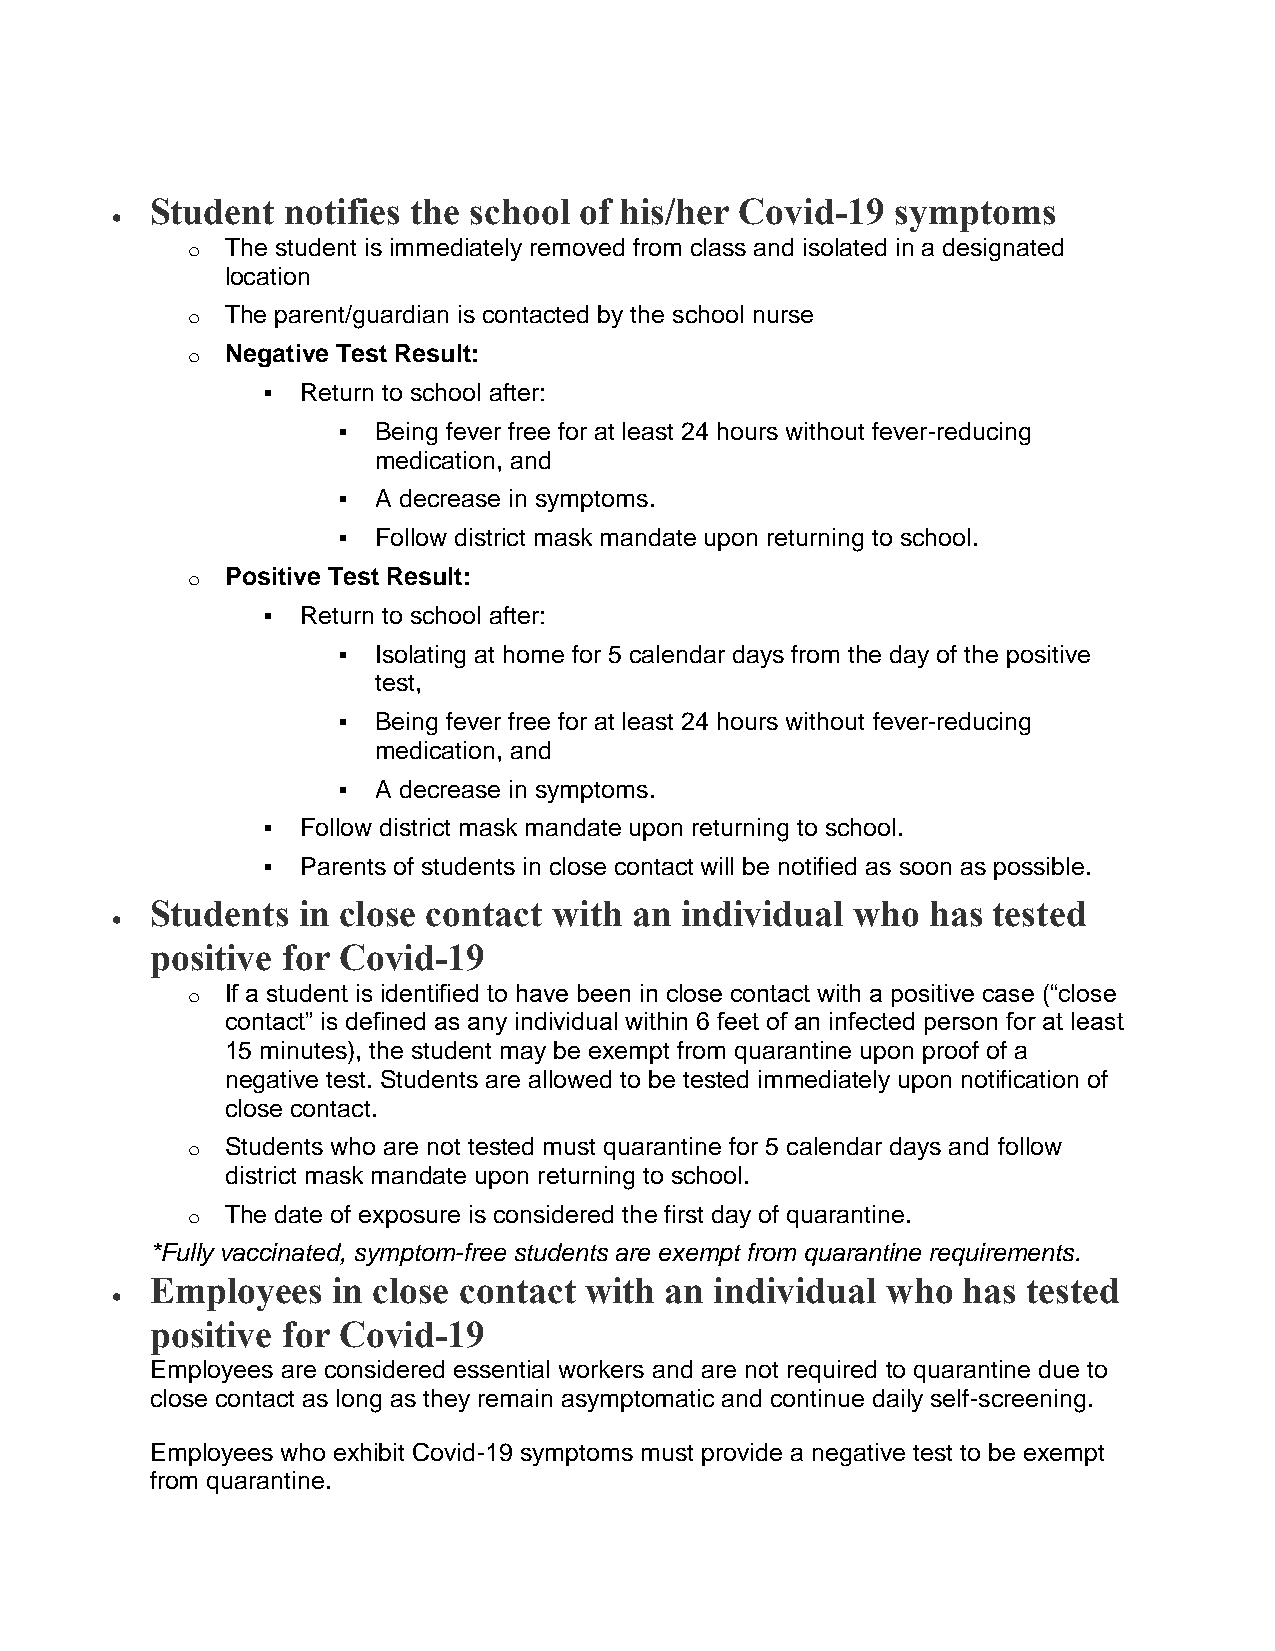
Student  notifies the school of his/her Covid-19 symptoms
 
 o  The student is immediately removed from class and isolated in a designated
 location
 o  The parent/guardian is contacted by the school nurse
 o  Negative Test Result:
   Return to school after:
   Being fever free for at least 24 hours without fever-reducing
 medication, and
   A decrease in symptoms.
   Follow district mask mandate upon returning to school.
 o  Positive Test Result:
   Return to school after:
   Isolating at home for 5 calendar days from the day of the positive
 test,
   Being fever free for at least 24 hours without fever-reducing
 medication, and
   A decrease in symptoms.
   Follow district mask mandate upon returning to school.
   Parents of students in close contact will be notified as soon as possible.
 Students  in close contact with an individual who   has tested
 
 positive for Covid-19
 o  If a student is identified to have been in close contact with a positive case (“close
 contact” is defined as any individual within 6 feet of an infected person for at least
 15 minutes), the student may be exempt from quarantine upon proof of a
 negative test. Students are allowed to be tested immediately upon notification of
 close contact.
 o  Students who are not tested must quarantine for 5 calendar days and follow
 district mask mandate upon returning to school.
 o  The date of exposure is considered the first day of quarantine.
 *Fully vaccinated, symptom-free students are exempt from quarantine requirements.
 Employees   in close contact with an individual  who  has tested
 
 positive for Covid-19
 Employees are considered essential workers and are not required to quarantine due to
 close contact as long as they remain asymptomatic and continue daily self-screening.
 Employees who exhibit Covid-19 symptoms must provide a negative test to be exempt
 from quarantine.